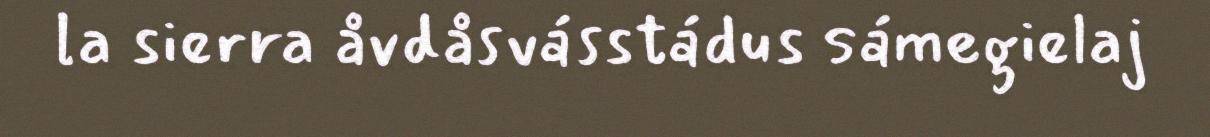
la sierra åvdåsvásstádus sámegielaj